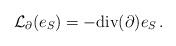
LaTeX: \begin{align*} \mathcal L_{\partial}(e_S) = -\mathrm{div}(\partial) e_S\,. \end{align*}